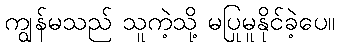
ကျွန်မသည် သူကဲ့သို့ မပြုမူနိုင်ခဲ့ပေ။